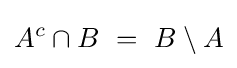
A^{c}\cap B~=~B\setminus A